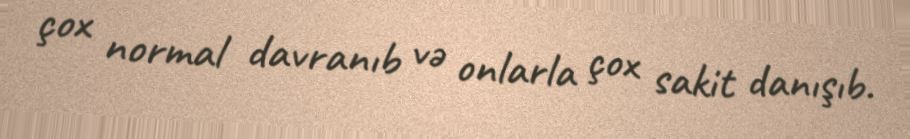
çox normal davranıb və onlarla çox sakit danışıb.